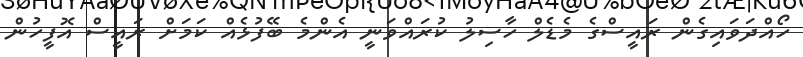
ހޯއްދަވައިގެން ރައީސްގެ މެޑެލް ހާސިލު ކުރައްވަނީ އެންމެ ބޭފުޅެއް ކަމަށް ރައީސް އޮފީހުން